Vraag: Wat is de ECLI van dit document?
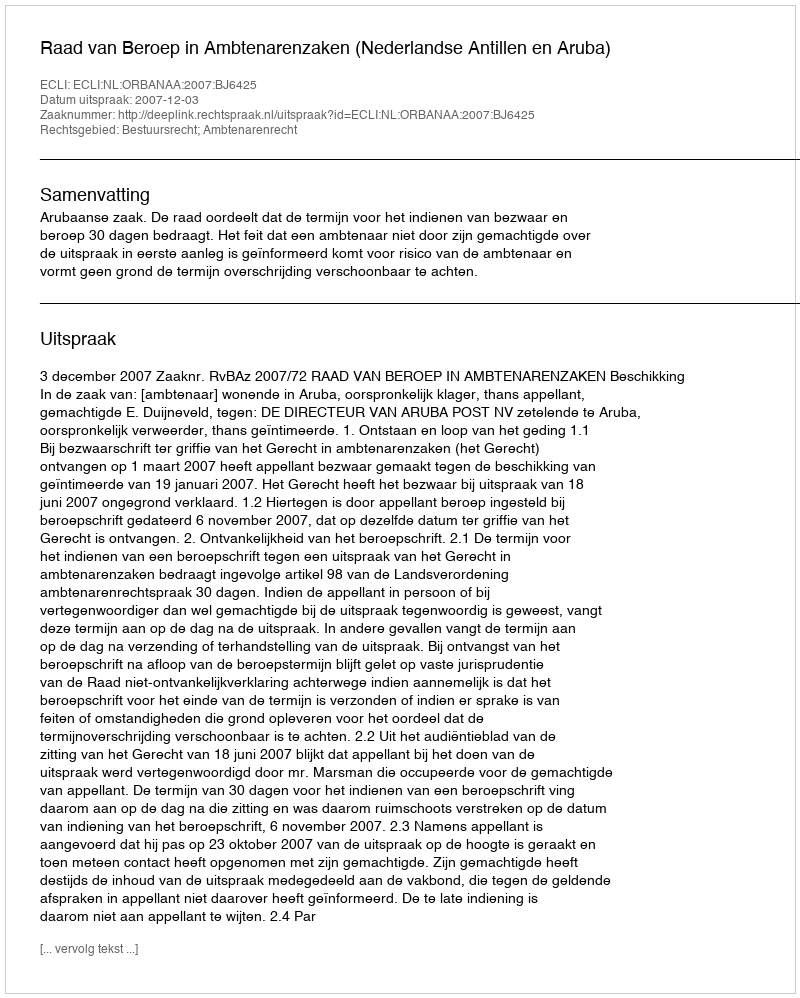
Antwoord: ECLI:NL:ORBANAA:2007:BJ6425